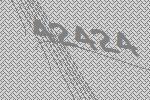
42424